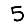
Digit: 5